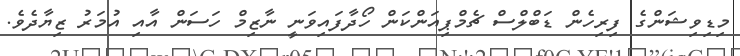
މިޑިވިޝަންގެ ފިރިހެން ޑަބްލްސް ޗެމްޕިއަންކަން ހޯދާފައިވަނީ ނާޒިމް ހަސަން އާއި އުމަރު ޒިޔާދެވެ.